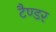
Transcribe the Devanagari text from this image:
टैण्डर